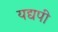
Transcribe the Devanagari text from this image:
यद्यपी